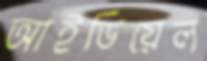
আইডিয়েল